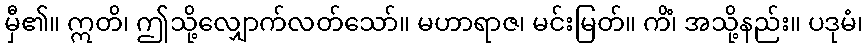
မှီ၏။ ဣတိ၊ ဤသို့လျှောက်လတ်သော်။ မဟာရာဇ၊ မင်းမြတ်။ ကိံ၊ အသို့နည်း။ ပဒုမံ၊